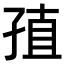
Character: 𡥰